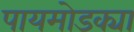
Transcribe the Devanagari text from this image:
पायमोडक्या